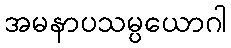
အမနာပသမ္ပယောဂါ